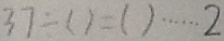
3 7 \div ( ) = ( ) \cdots 2